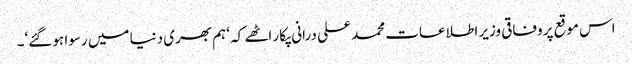
اس موقع پر وفاقی وزیر اطلاعات محمد علی درانی پکار اٹھے کہ ‘ہم بھری دنیا میں رسوا ہو گئے‘۔